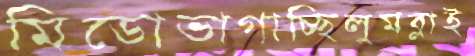
মিডোভাগাচ্ছিলুমব্লাই